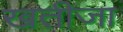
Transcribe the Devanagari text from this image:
खतीजा